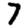
Digit: 7